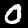
Digit: 0